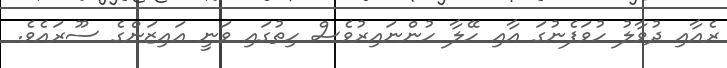
ރެއާއި ދުވާލު ހުވަފެނުގަ އާއި ހޭލާ ހުންނައިރުވެސް ހިތުގައި ވަނީ އައިޒަންގެ ސޫރައެވެ.